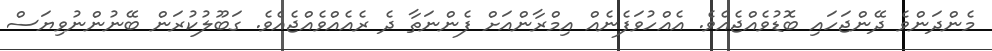
މެންދަންވެ ދޭންޖަހައި ބޮޑުވެއްޖެއެވެ. އެއްހުވަފެނެއް އިމްރާންއަށް ފެންނަތާ ދެ ރެއެއްވެއްޖެއެވެ. ގަބޫލުކުރަން ބޭނުންނުވިޔަސް